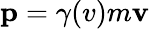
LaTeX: \mathbf{p}=\gamma(v)m\mathbf{v}